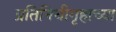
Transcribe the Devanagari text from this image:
प्रतिनिधीगृहाच्या